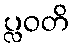
ပ္လဝတိ